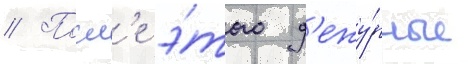
// Посл'е э́того д'ежу́рные